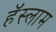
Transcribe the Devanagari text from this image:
हॅस्लाम